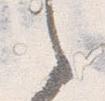
之